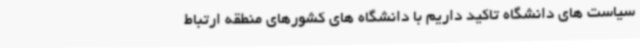
سیاست های دانشگاه تاکید داریم با دانشگاه های کشورهای منطقه ارتباط